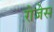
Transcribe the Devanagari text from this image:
रोजेस